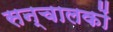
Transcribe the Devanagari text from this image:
सन्चालकों